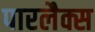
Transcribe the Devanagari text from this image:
पारलैक्स